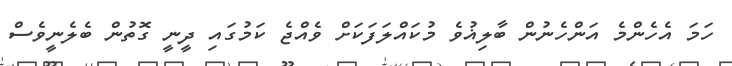
ހަމަ އެހެންމެ އަންހެނުން ބާލިޣުވެ މުކައްލަފަކަށް ވެއްޖެ ކަމުގައި ދީނީ ގޮތުން ބެލެނީވެސް